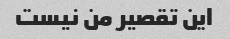
این تقصیر من نیست